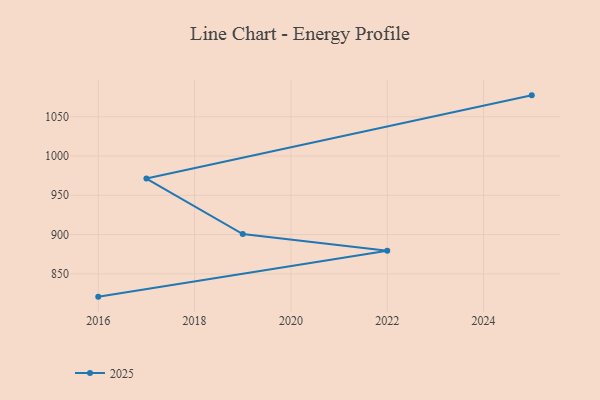
{"axis": {"x": "Year", "y": "Bounce Rate (%)"}, "legend": ["2025"], "data": [{"x": "2025", "y": 1077.2, "type": "2025"}, {"x": "2017", "y": 971.3, "type": "2025"}, {"x": "2019", "y": 900.6, "type": "2025"}, {"x": "2022", "y": 879.5, "type": "2025"}, {"x": "2016", "y": 821.0, "type": "2025"}]}